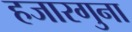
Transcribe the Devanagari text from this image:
हजारगुना